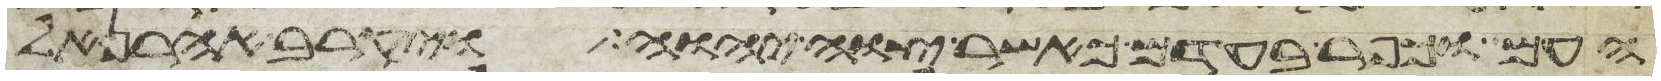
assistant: העם וכפר בעדם כאשר צוה יהוה ויקרב אהרן אל